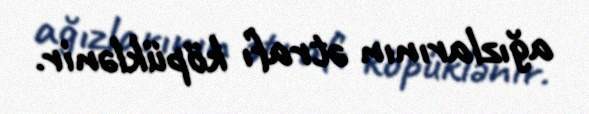
ağızlarının ətrafı köpüklənir.